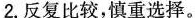
2.反复比较，慎重选择。